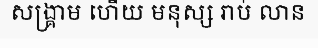
សង្គ្រាម ហើយ មនុស្ស រាប់ លាន